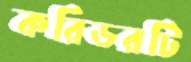
করিডরটি